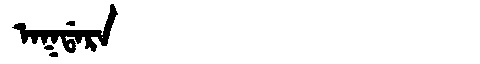
Manchu: ᠠᡴᡩᠠᡵᠠ
Romanization: AKDARA